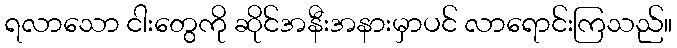
ရလာသော ငါးတွေကို ဆိုင်အနီးအနားမှာပင် လာရောင်းကြသည်။